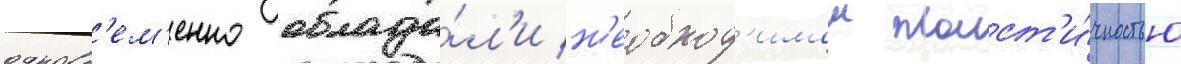
одновр'ем'енно облада́л'и н'еобход'имои пласт'и́чностью